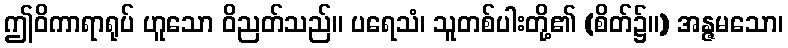
ဤဝိကာရာရုပ် ဟူသော ဝိညတ်သည်။ ပရေသံ၊ သူတစ်ပါးတို့၏ (စိတ်၌။) အန္ဇမသော၊